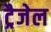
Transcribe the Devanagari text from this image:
ट्रैजेल